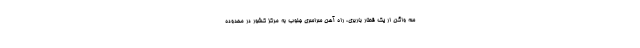
سه واگن ار یک قطار باربری، راه آهن سراسری جنوب به مرکز کشور در محدوده